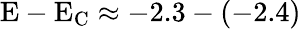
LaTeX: \mathrm{E-E_{C}\approx-2.3-(-2.4)}